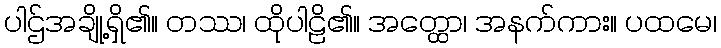
ပါဌ်အချို့ရှိ၏။ တဿ၊ ထိုပါဠိ၏။ အတ္ထော၊ အနက်ကား။ ပထမေ၊